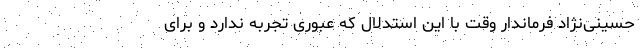
حسینی‌نژاد فرماندار وقت با این استدلال که عبوری تجربه ندارد و برای